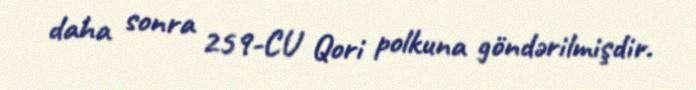
daha sonra 259-CU Qori polkuna göndərilmişdir.